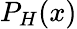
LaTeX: P_{H}(x)